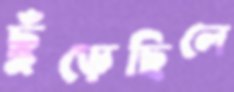
ছুঁড়েছিলে